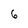
Character: 6